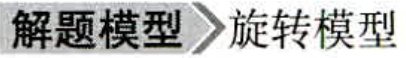
解题模型 旋转模型